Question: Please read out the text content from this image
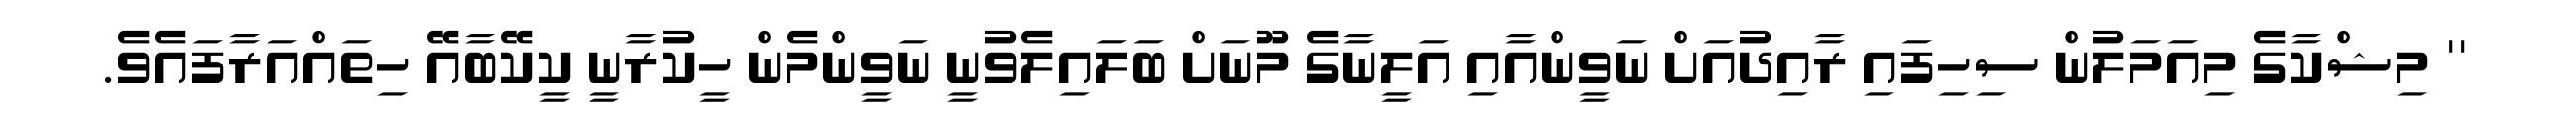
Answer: '' މިޝްކާގެ މިއަމަލުން ސިހިފައި ރާއިދުއަށް ނަވީންއާއި އަލީނާގެ މޫނަށް ބަލައިލެވުނީ ނަވީންމެން ހީކުރާނީ ކީކޭބާއޭ ހިތައްއަރާފައެވެ.